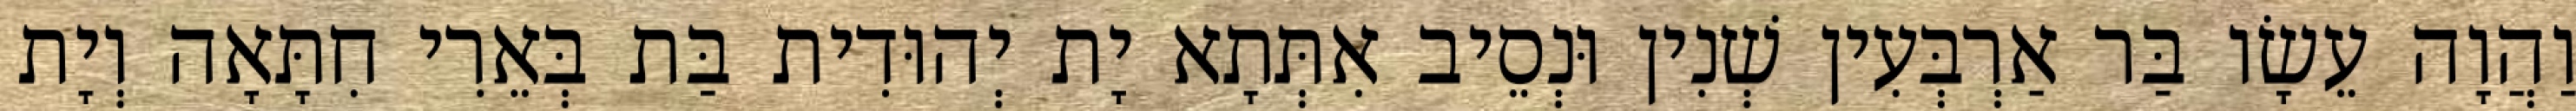
וַהֲוָה עֵשָׂו בַּר אַרְבְּעִין שְׁנִין וּנְסֵיב אִתְּתָא יָת יְהוּדִית בַּת בְּאֵרִי חִתָּאָה וְיָת